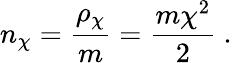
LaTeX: {n_{\chi}}={\frac{\rho_{\chi}}{m}}={\frac{m\chi^{2}}{2}}\ .